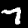
Label: 7